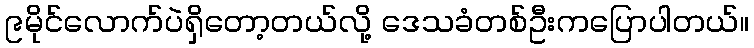
၉မိုင်လောက်ပဲရှိတော့တယ်လို့ ဒေသခံတစ်ဦးကပြောပါတယ်။